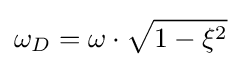
\omega _{D}=\omega \cdot {\sqrt {1-\xi ^{2}}}